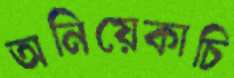
অনিয়েকাচি